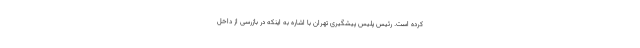
کرده است. رئیس پلیس پیشگیری تهران با اشاره به اینکه در بازرسی از داخل